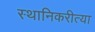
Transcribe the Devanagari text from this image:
स्थानिकरीत्या